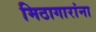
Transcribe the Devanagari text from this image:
मिठागारांना